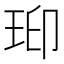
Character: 𤥋